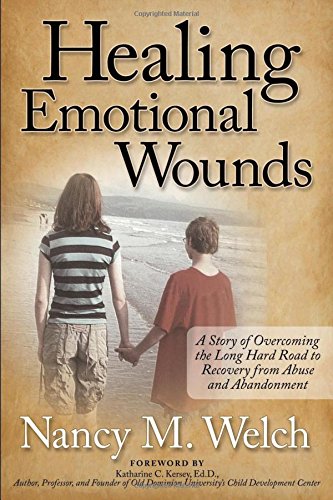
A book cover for Healing Emotional Wounds: A Story of Overcoming the Long Hard Road to Recovery from Abuse and Abandonment; Nancy M. Welch; Parenting & Relationships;